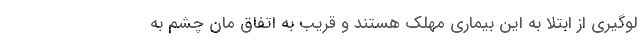
لوگیری از ابتلا به این بیماری مهلک هستند و قریب به اتفاق مان چشم به